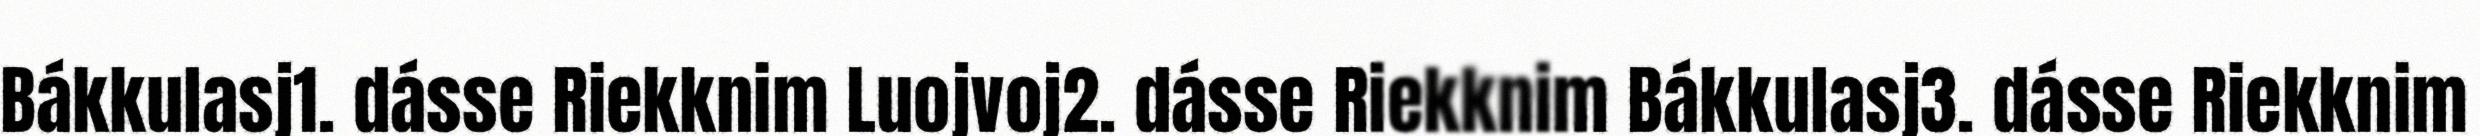
Bákkulasj1. dásse Riekknim Luojvoj2. dásse Riekknim Bákkulasj3. dásse Riekknim